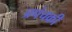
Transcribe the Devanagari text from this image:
प्रपंचकी